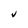
Character: V